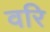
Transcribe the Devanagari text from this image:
वरि